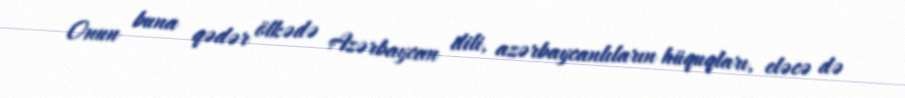
Onun buna qədər ölkədə Azərbaycan dili, azərbaycanlıların hüquqları, eləcə də